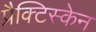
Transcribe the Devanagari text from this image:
प्रैक्टिस्केन